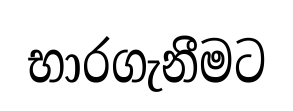
භාරගැනීමට